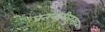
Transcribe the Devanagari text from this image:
प्रतवारीनुसार